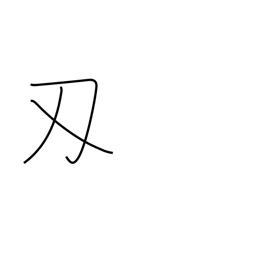
Meaning: sword